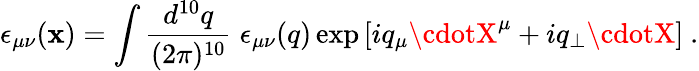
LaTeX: \epsilon_{\mu\nu}(\mathbf{x})=\int\frac{{d^{10}q}}{{(2\pi)^{10}}}\; \epsilon_{\mu\nu}(q)\exp\left[iq_{\mu}\cdotX^{\mu}+iq_{\perp}\cdotX\right]\ .